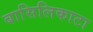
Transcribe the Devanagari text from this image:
बासिलिकाटा